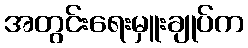
အတွင်းရေးမှူးချုပ်က